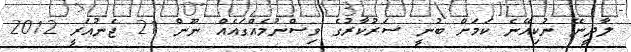
ލާދީނޭ ނުކިއޭނެ ކަމަށް ބުނީ ސަރުކާރުގެ ވިސްނުމެއްގައެއް ނޫން 21 ޖެނުއަރީ 2012